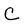
Character: C